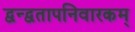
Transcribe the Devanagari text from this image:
द्वन्द्वतापनिवारकम्